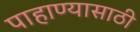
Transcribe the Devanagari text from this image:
पाहाण्यासाठी